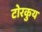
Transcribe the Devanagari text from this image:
टोरकुय